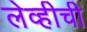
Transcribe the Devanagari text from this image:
लेव्हीची